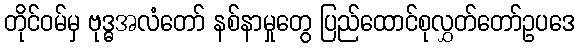
တိုင်ဝမ်မှ ဗုဒ္ဓအလံတော် နစ်နာမှုတွေ ပြည်ထောင်စုလွှတ်တော်ဥပဒေ